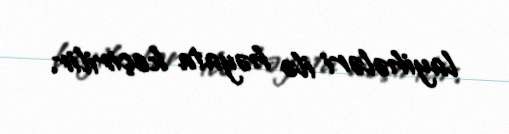
layihələri ilə həyata keçirilir.